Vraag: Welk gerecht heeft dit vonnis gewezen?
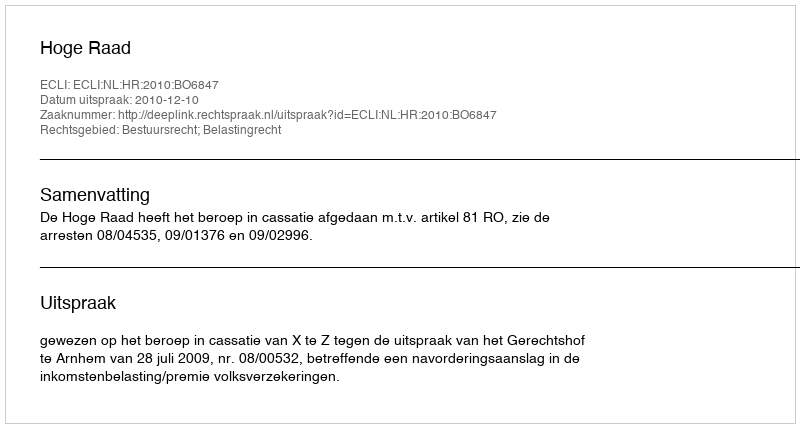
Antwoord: Hoge Raad